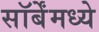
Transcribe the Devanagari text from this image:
सॉर्बेंमध्ये